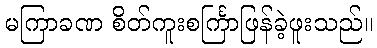
မကြာခဏ စိတ်ကူးစင်္ကြာဖြန်ခဲ့ဖူးသည်။